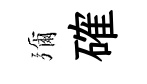
彌確